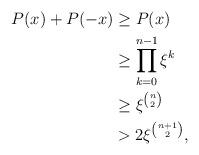
LaTeX: \begin{align*} P(x) + P(-x) &\geq P(x) \\ &\geq \prod_{k=0}^{n-1} \xi^k \\ &\geq \xi^{n \choose 2} \\ &> 2\xi^{n+1 \choose 2},\end{align*}